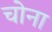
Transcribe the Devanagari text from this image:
चोना